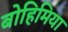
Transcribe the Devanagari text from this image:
बोहिमिया